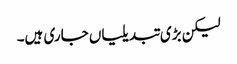
لیکن بڑی تبدیلیاں جاری ہیں۔